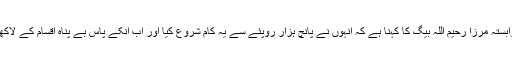
پچیس سال سے اس کاروبار سے وابستہ مرزا رحیم اللہ بیگ کا کہنا ہے کہ انہوں نے پانچ ہزار روپئے سے یہ کام شروع کیا اور اب انکے پاس بے پناہ اقسام کے لاکھوں روپئے کے پرندے موجود ہیں۔